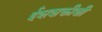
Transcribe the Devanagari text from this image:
ईशशक्तीशी